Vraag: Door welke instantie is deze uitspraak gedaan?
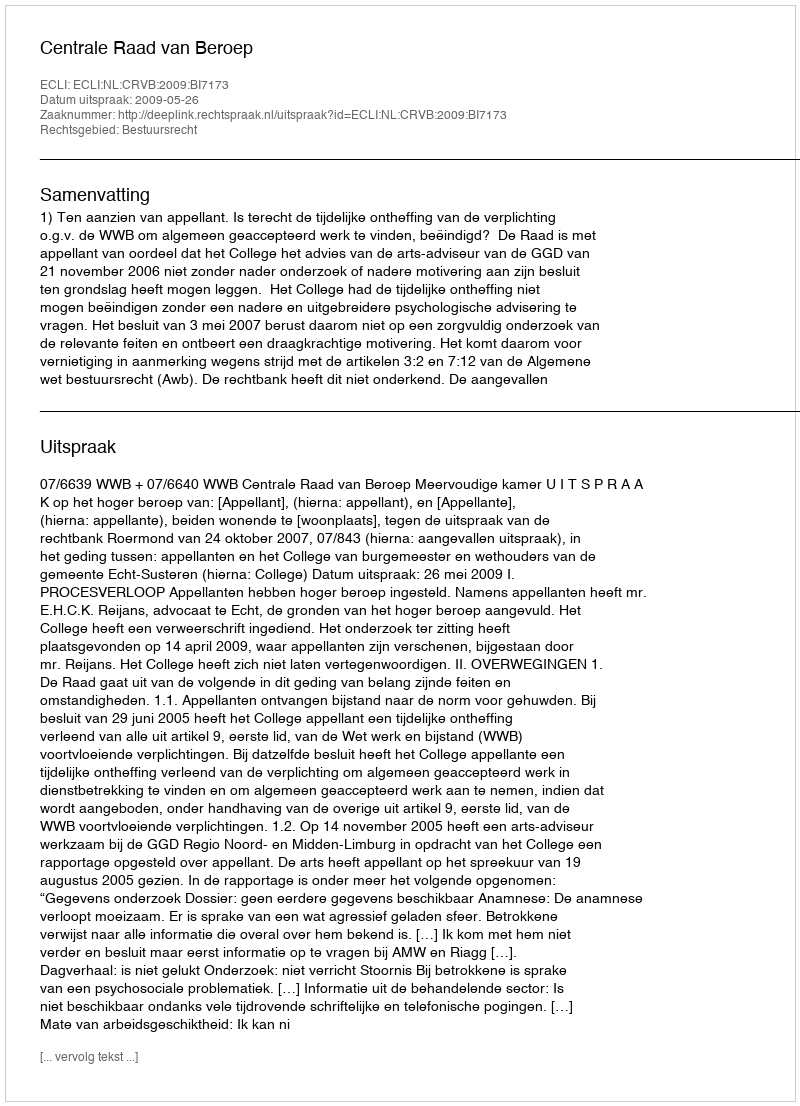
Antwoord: Centrale Raad van Beroep